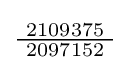
{\tfrac {\ 2109375\ }{2097152}}